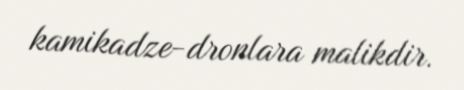
kamikadze-dronlara malikdir.